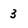
Character: 3